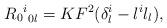
LaTeX: \begin{align*}{{{R_0}^i}_{0l}} = KF^2(\delta^i_l - l^il_l),\end{align*}